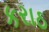
કરાઠ